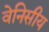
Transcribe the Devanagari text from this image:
वेनिसीय